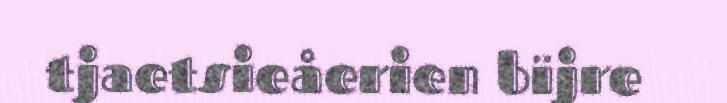
tjaetsieåerien bïjre